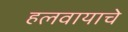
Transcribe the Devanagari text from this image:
हलवायाचे